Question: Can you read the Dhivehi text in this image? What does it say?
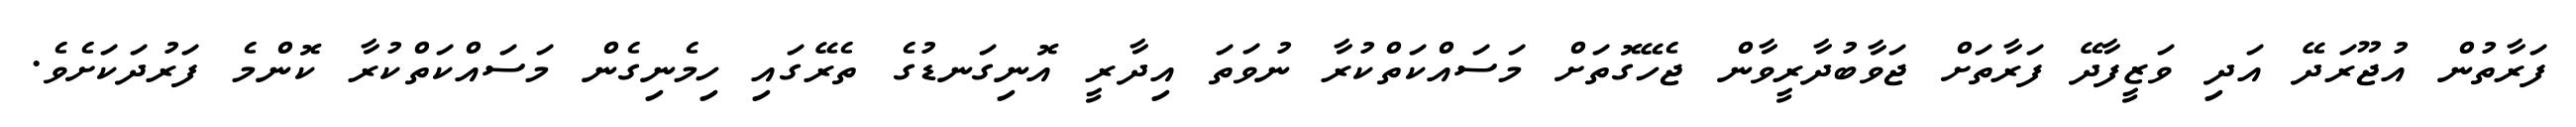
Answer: ފަރާތުން އުޖޫރަދޭ އަދި ވަޒީފާދޭ ފަރާތަށް ޖަވާބުދާރީވާން ޖެހޭގޮތަށް މަސައްކަތްކުރާ ނުވަތަ އިދާރީ އޮނިގަނޑުގެ ތެރޭގައި ހިމެނިގެން މަސައްކަތްކުރާ ކޮންމެ ފަރުދަކަށެވެ.